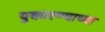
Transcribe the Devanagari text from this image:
पुकारण्याच्या